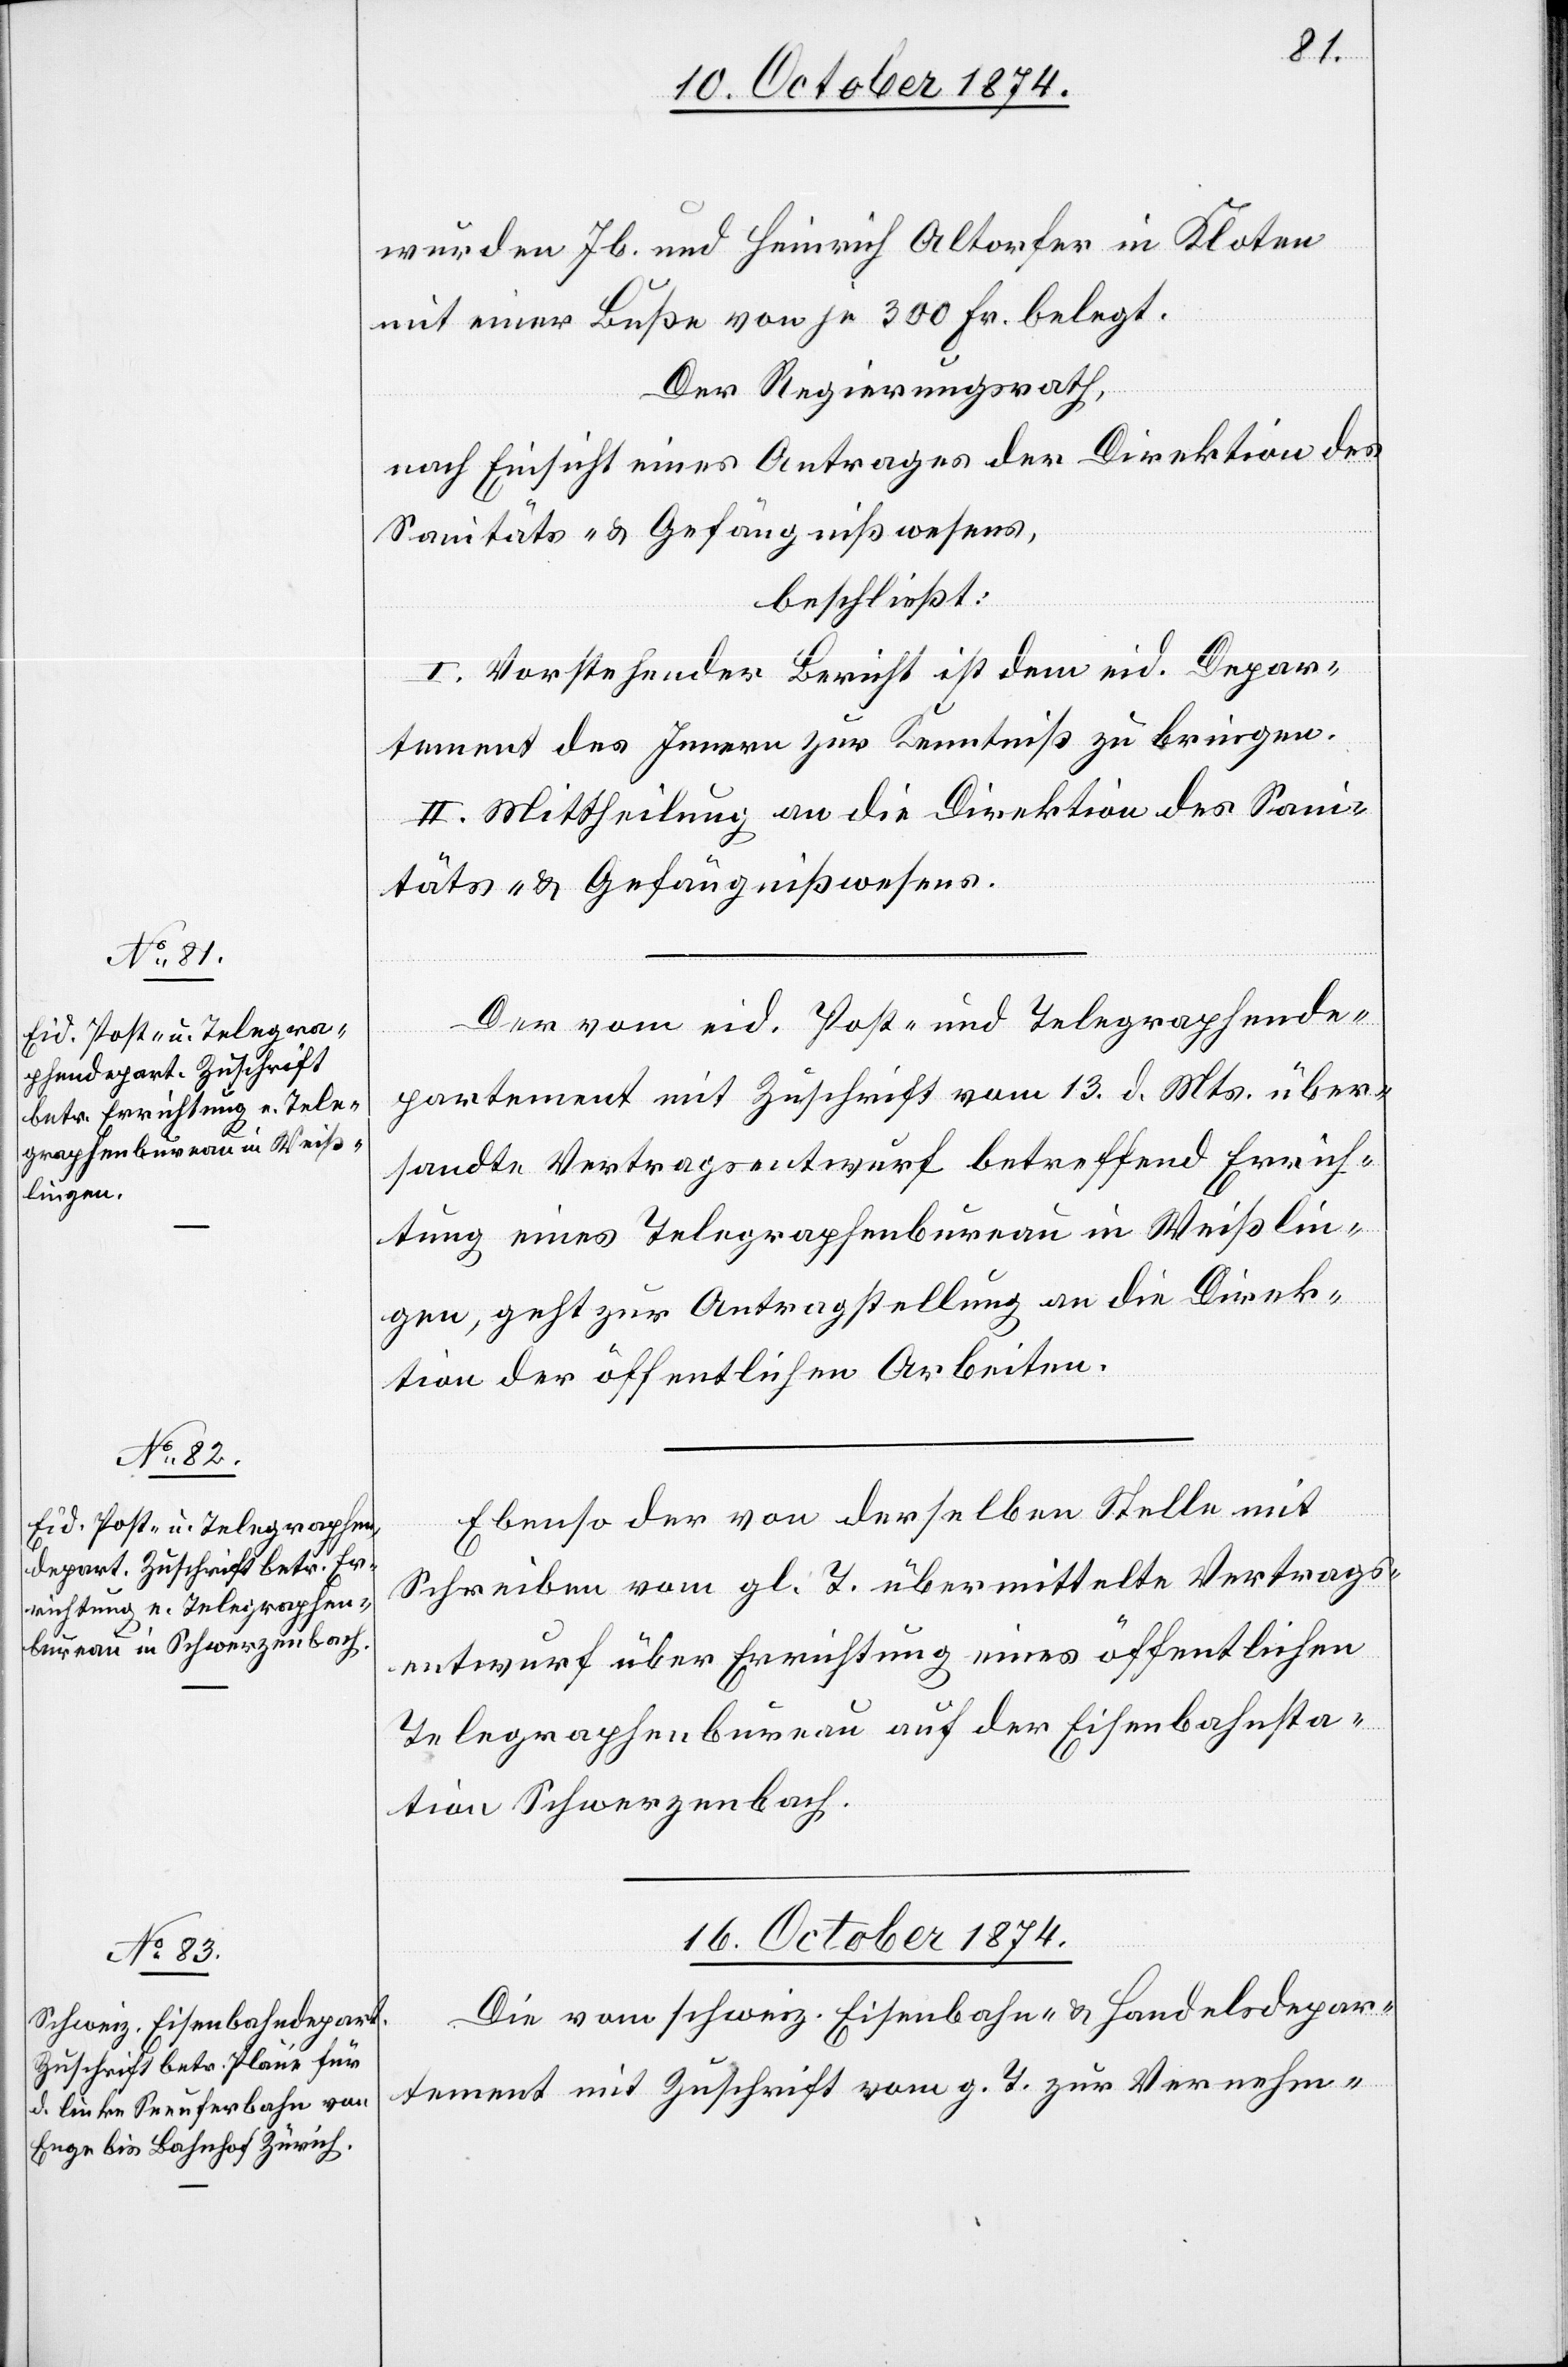
wurden Jb. und Heinrich Altorfer in Kloten
mit einer Buße von je 300 Fr. belegt.
Der Regierungsrath,
nach Einsicht eines Antrages der Direktion des
Sanitäts- & Gefängnißwesens,
beschließt:
I. Vorstehender Bericht ist dem eid. Depar¬
tement des Innern zur Kenntniß zu bringen.
II. Mittheilung an die Direktion des Sani¬
täts- & Gefängnißwesens.
Der vom eid. Post- und Telegraphende¬
etzung
partement mit Zuschrift vom 13. d. Mts. über¬
sandte Vertragsentwurf betreffend Errich¬
tung eines Telegraphenbureau in Weißlin¬
gen, geht zur Antragstellung an die Direk¬
tion der öffentlichen Arbeiten.
Ebenso der von derselben Stelle mit
Schreiben vom gl. T. übermittelte Vertrags¬
entwurf über Errichtung eines öffentlichen
Telegraphenbureau auf der Eisenbahnsta¬
tion Schwerzenbach.
16. October 1874.
Die vom schweiz. Eisenbahn- & Handelsdepar¬
tement mit Zuschrift vom g. T. zur Vernehm-